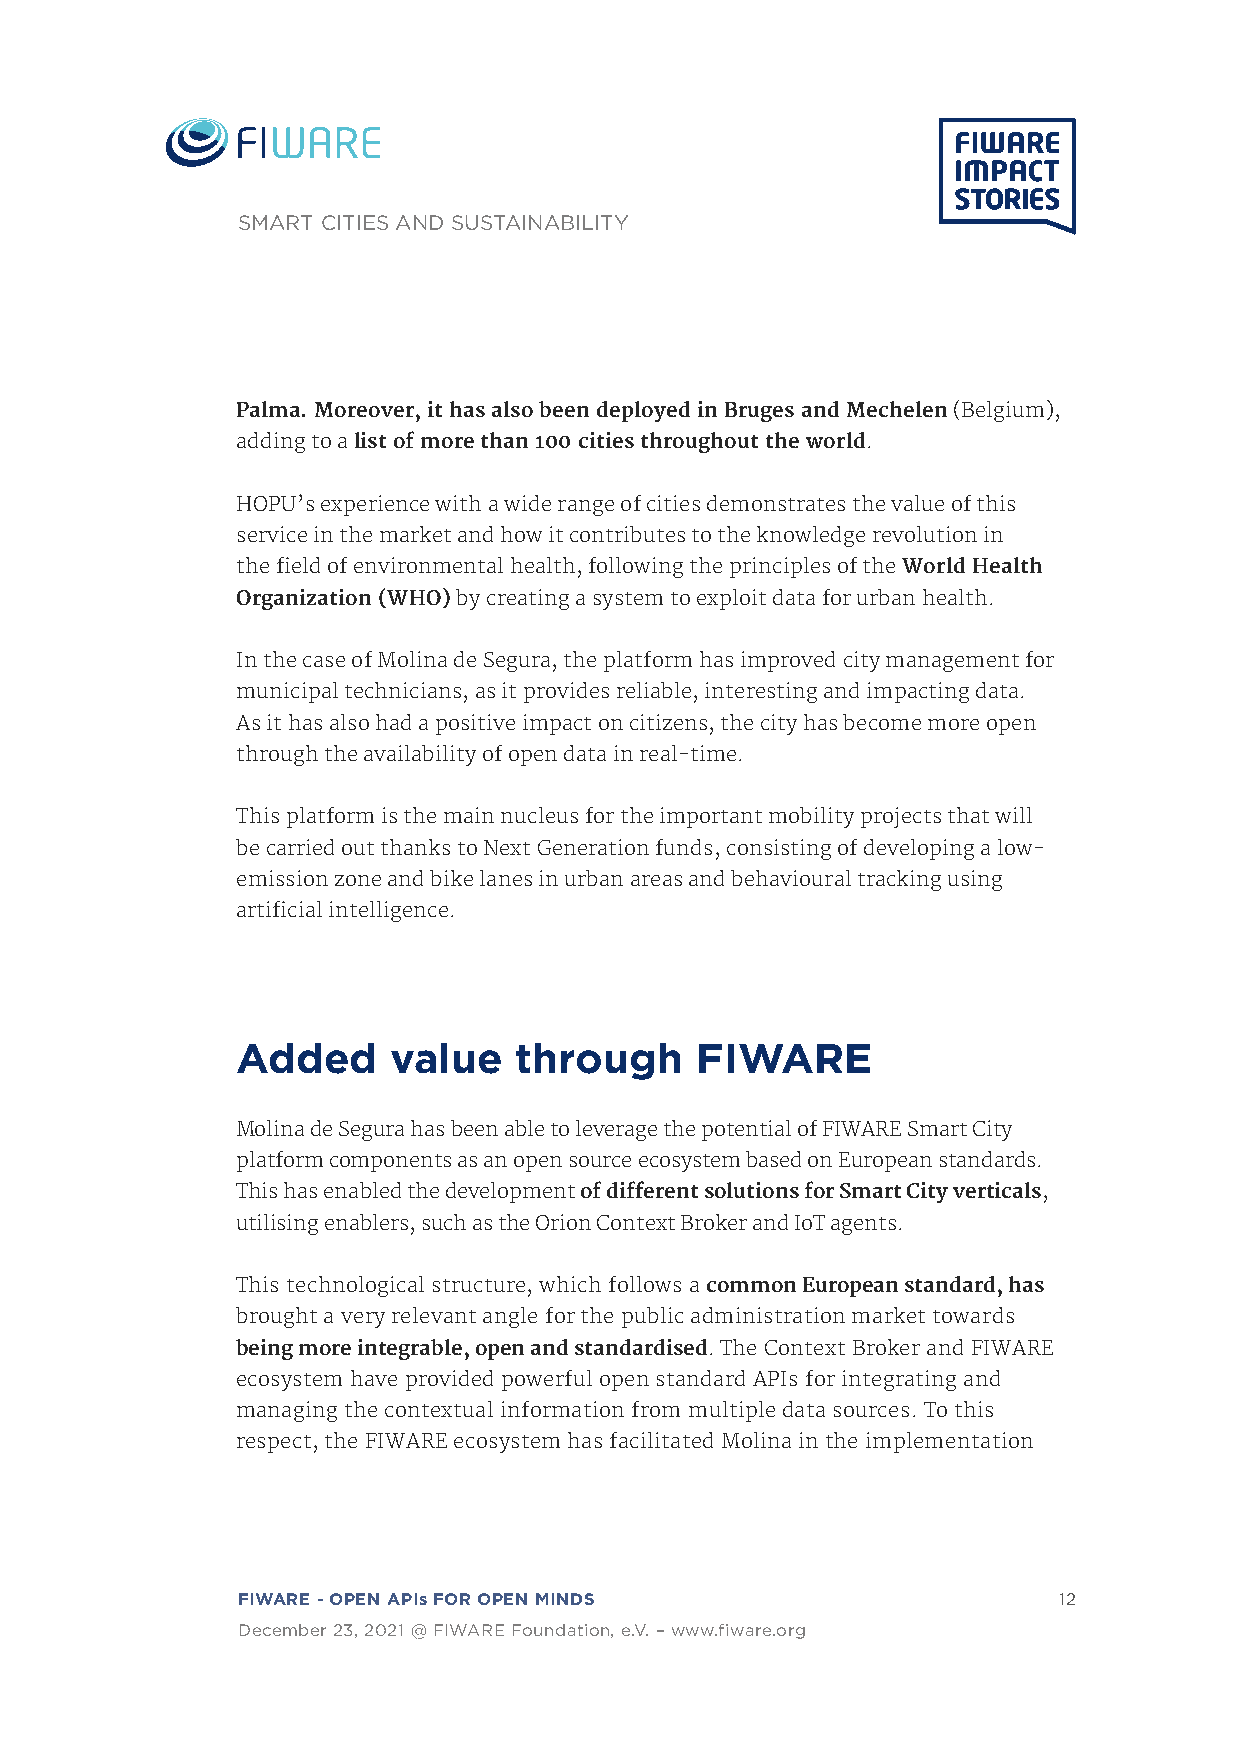
SMART CITIES AND SUSTAINABILITY
 Palma. Moreover, it has also been deployed in Bruges and Mechelen (Belgium),
 adding to a list of more than 100 cities throughout the world.
 HOPU’s experience with a wide range of cities demonstrates the value of this
 service in the market and how it contributes to the knowledge revolution in
 the field of environmental health, following the principles of the World Health
 Organization (WHO) by creating a system to exploit data for urban health.
 In the case of Molina de Segura, the platform has improved city management for
 municipal technicians, as it provides reliable, interesting and impacting data.
 As it has also had a positive impact on citizens, the city has become more open
 through the availability of open data in real-time.
 This platform is the main nucleus for the important mobility projects that will
 be carried out thanks to Next Generation funds, consisting of developing a low-
 emission zone and bike lanes in urban areas and behavioural tracking using
 artificial intelligence.
 Added     value   through     FIWARE
 Molina de Segura has been able to leverage the potential of FIWARE Smart City
 platform components as an open source ecosystem based on European standards.
 This has enabled the development of different solutions for Smart City verticals,
 utilising enablers, such as the Orion Context Broker and IoT agents.
 This technological structure, which follows a common European standard, has
 brought a very relevant angle for the public administration market towards
 being more integrable, open and standardised. The Context Broker and FIWARE
 ecosystem have provided powerful open standard APIs for integrating and
 managing the contextual information from multiple data sources. To this
 respect, the FIWARE ecosystem has facilitated Molina in the implementation
 FIWARE - OPEN APIs FOR OPEN MINDS                     12
 December 23, 2021 @ FIWARE Foundation, e.V. – www.fiware.org